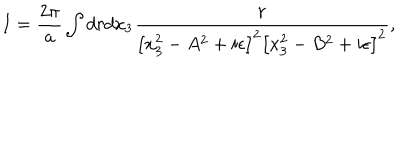
LaTeX: I = { \frac { 2 \pi } { a } } \int { d r d x _ { 3 } { \frac { r } { \left[ x _ { 3 } ^ { 2 } - A ^ { 2 } + i \epsilon \right] ^ { 2 } \left[ x _ { 3 } ^ { 2 } - B ^ { 2 } + i \epsilon \right] ^ { 2 } } } } ,